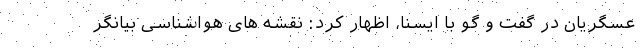
عسگریان در گفت و گو با ایسنا، اظهار کرد: نقشه های هواشناسی بیانگر